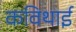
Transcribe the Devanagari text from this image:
कविथाई